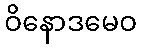
ဝိနောဒမေဝ